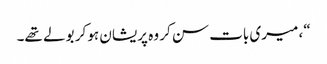
“، میری بات سن کر وہ پریشان ہو کر بولے تھے۔